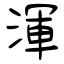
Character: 渾